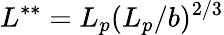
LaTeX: L^{**}=L_{p}(L_{p}/b)^{2/3}